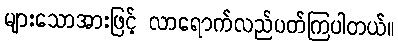
များသောအားဖြင့် လာရောက်လည်ပတ်ကြပါတယ်။